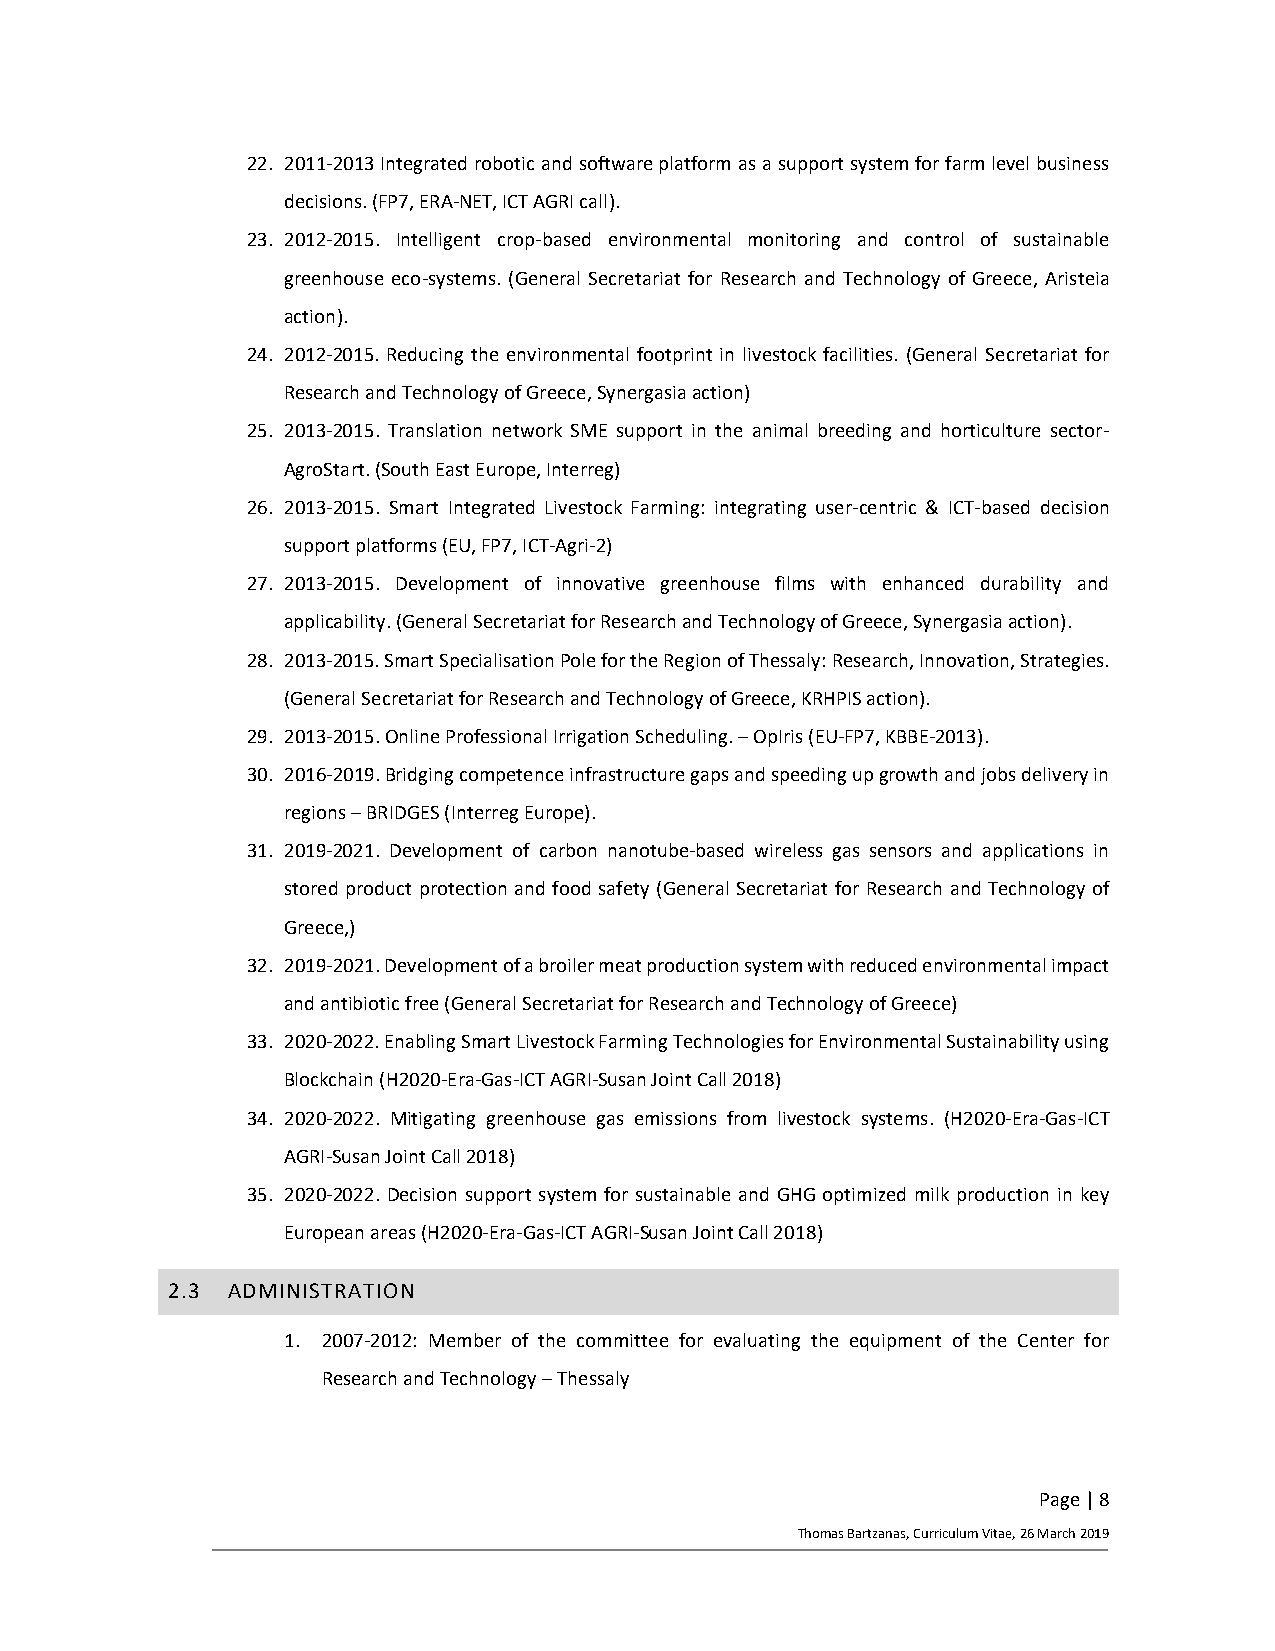
22. 2011-2013 Integrated robotic and software platform as a support system for farm level business
 decisions. (FP7, ERA-NET, ICT AGRI call).
 23. 2012-2015. Intelligent crop-based environmental monitoring and control of sustainable
 greenhouse eco-systems. (General Secretariat for Research and Technology of Greece, Aristeia
 action).
 24. 2012-2015. Reducing the environmental footprint in livestock facilities. (General Secretariat for
 Research and Technology of Greece, Synergasia action)
 25. 2013-2015. Translation network SME support in the animal breeding and horticulture sector-
 AgroStart. (South East Europe, Interreg)
 26. 2013-2015. Smart Integrated Livestock Farming: integrating user-centric & ICT-based decision
 support platforms (EU, FP7, ICT-Agri-2)
 27. 2013-2015. Development of innovative greenhouse films with enhanced durability and
 applicability. (General Secretariat for Research and Technology of Greece, Synergasia action).
 28. 2013-2015. Smart Specialisation Pole for the Region of Thessaly: Research, Innovation, Strategies.
 (General Secretariat for Research and Technology of Greece, KRHPIS action).
 29. 2013-2015. Online Professional Irrigation Scheduling. – OpIris (EU-FP7, KBBE-2013).
 30. 2016-2019. Bridging competence infrastructure gaps and speeding up growth and jobs delivery in
 regions – BRIDGES (Interreg Europe).
 31. 2019-2021. Development of carbon nanotube-based wireless gas sensors and applications in
 stored product protection and food safety (General Secretariat for Research and Technology of
 Greece,)
 32. 2019-2021. Development of a broiler meat production system with reduced environmental impact
 and antibiotic free (General Secretariat for Research and Technology of Greece)
 33. 2020-2022. Enabling Smart Livestock Farming Technologies for Environmental Sustainability using
 Blockchain (Η2020-Era-Gas-ICT AGRI-Susan Joint Call 2018)
 34. 2020-2022. Mitigating greenhouse gas emissions from livestock systems. (Η2020-Era-Gas-ICT
 AGRI-Susan Joint Call 2018)
 35. 2020-2022. Decision support system for sustainable and GHG optimized milk production in key
 European areas (Η2020-Era-Gas-ICT AGRI-Susan Joint Call 2018)
 2.3 ADMINISTRATION
 1. 2007-2012: Member of the committee for evaluating the equipment of the Center for
 Research and Technology – Thessaly
 Page | 8
 Thomas Bartzanas, Curriculum Vitae, 26 March 2019